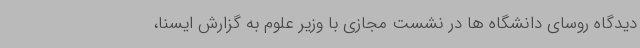
دیدگاه روسای دانشگاه ها در نشست مجازی با وزیر علوم به گزارش ایسنا،